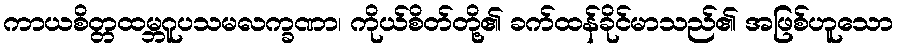
ကာယစိတ္တထမ္ဘဂူပသမလက္ခဏာ၊ ကိုယ်စိတ်တို့၏ ခက်ထန်ခိုင်မာသည်၏ အဖြစ်ဟူသော